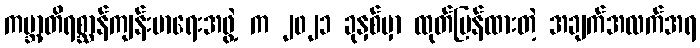
ကမ္ဘာ့တိရစ္ဆာန်ကျန်းမာရေးအဖွဲ့ က ၂၀၂၁ ခုနှစ်မှာ ထုတ်ပြန်ထားတဲ့ အချက်အလက်အရ